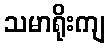
သမာရိုးကျ